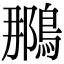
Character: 𫛀